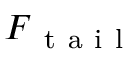
\boldsymbol { F } _ { \mathrm { ~ t ~ a ~ i ~ l ~ } }